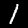
Label: 1